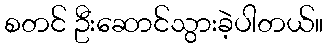
စတင် ဦးဆောင်သွားခဲ့ပါတယ်။